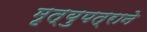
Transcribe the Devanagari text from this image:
मृत्युपत्राने